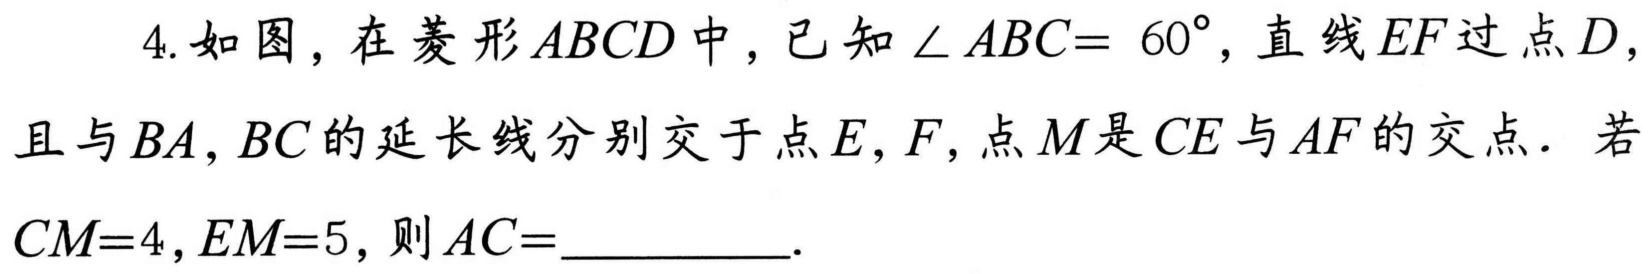
4. 如图，在菱形\(ABCD\)中，已知\(\angle ABC = 60^{\circ}\)，直线\(EF\)过点\(D\)，且与\(BA,BC\)的延长线分别交于点\(E,F\)，点\(M\)是\(CE\)与\(AF\)的交点. 若\(CM = 4,EM = 5\)，则\(AC =\)__________.